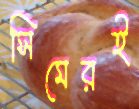
সিমেরই